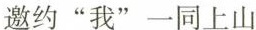
邀约”我”一同上山